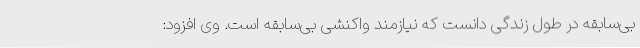
بی‌سابقه در طول زندگی‌ دانست که نیازمند واکنشی بی‌سابقه است. وی افزود: